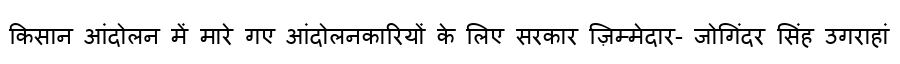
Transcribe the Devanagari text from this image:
किसान आंदोलन में मारे गए आंदोलनकारियों के लिए सरकार ज़िम्मेदार- जोगिंदर सिंह उगराहां